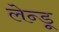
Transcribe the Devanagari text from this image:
लेन्डू